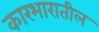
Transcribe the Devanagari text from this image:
कारभारातील